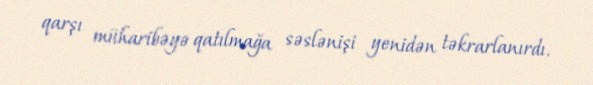
qarşı müharibəyə qatılmağa səslənişi yenidən təkrarlanırdı.